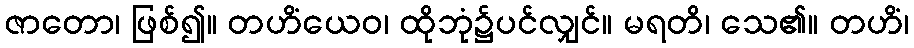
ဇာတော၊ ဖြစ်၍။ တဟိံယေဝ၊ ထိုဘုံ၌ပင်လျှင်။ မရတိ၊ သေ၏။ တဟိံ၊